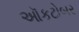
ઑકટોબર